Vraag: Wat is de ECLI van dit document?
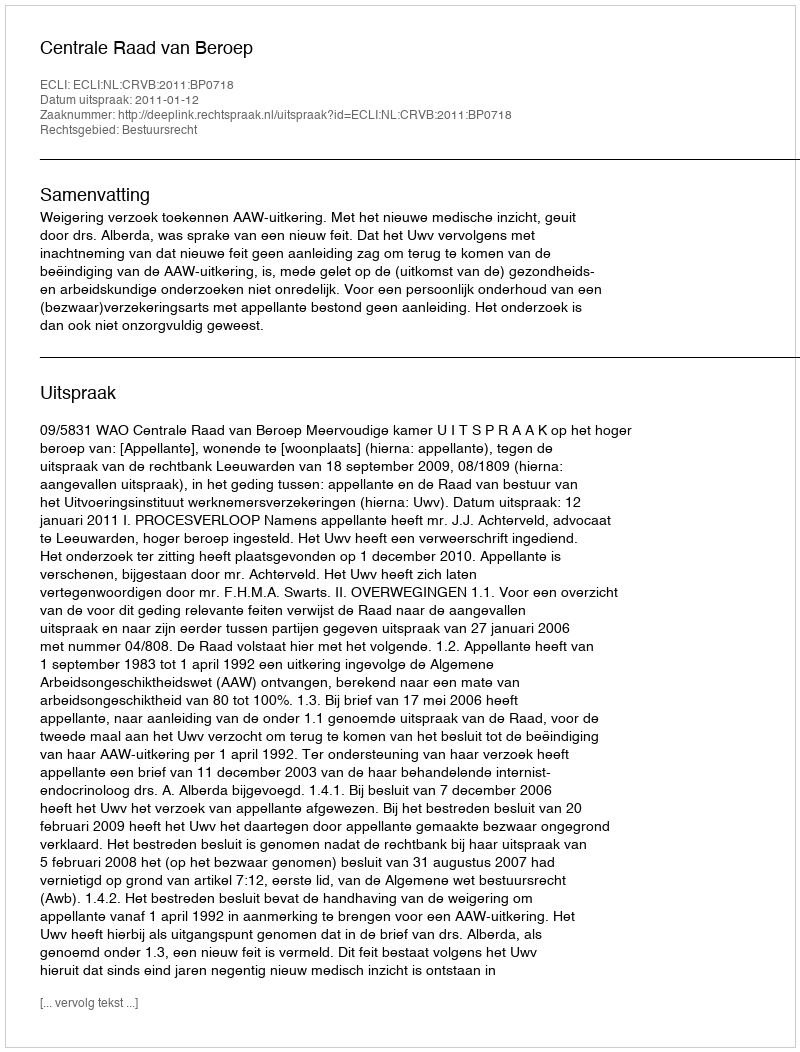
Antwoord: ECLI:NL:CRVB:2011:BP0718